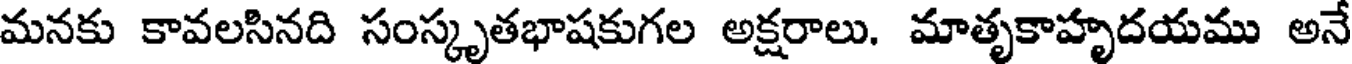
మనకు కావలసినది సంస్కృతభాషకుగల అక్షరాలు. మాతృకాహృదయము అనే